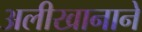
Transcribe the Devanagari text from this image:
अलीखानाने